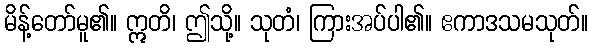
မိန့်တော်မူ၏။ ဣတိ၊ ဤသို့။ သုတံ၊ ကြားအပ်ပါ၏။ ဧကာဒသမသုတ်။